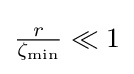
{\textstyle {\frac {r}{\zeta _{\text{min}}}}\ll 1}